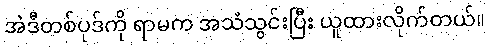
အဲဒီတစ်ပုဒ်ကို ရာမက အသံသွင်းပြီး ယူထားလိုက်တယ်။